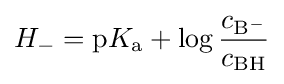
H_{-}={\rm {p}}K_{\rm {a}}+\log {{c_{\rm {B^{-}}}} \over {c_{\rm {BH}}}}